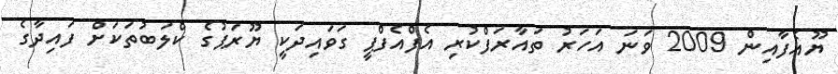
ޔޫއެފާއިން 2009 ވަނަ އަހަރު ތައާރަފްކުރި އެފްއެފްޕީ ގަވައިދަކީ ޔޫރަޕުގެ ކްލަބުތަކަށް ފައިދާގެ